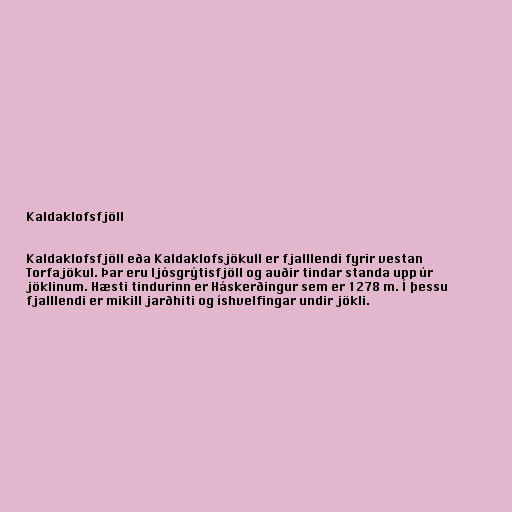
Kaldaklofsfjöll

Kaldaklofsfjöll eða Kaldaklofsjökull er fjalllendi fyrir vestan
Torfajökul. Þar eru ljósgrýtisfjöll og auðir tindar standa upp úr
jöklinum. Hæsti tindurinn er Háskerðingur sem er 1278 m. Í þessu
fjalllendi er mikill jarðhiti og íshvelfingar undir jökli.